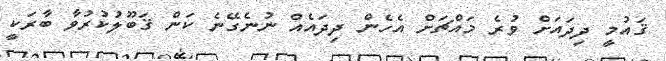
ޤައުމީ ދިދައަށް ވުރެ މައްޗަށް އެހެން ދިދައެއް ނުނެގޭނެ ކަން ޤަބޫލުކުރުވާ ބާރަކީ